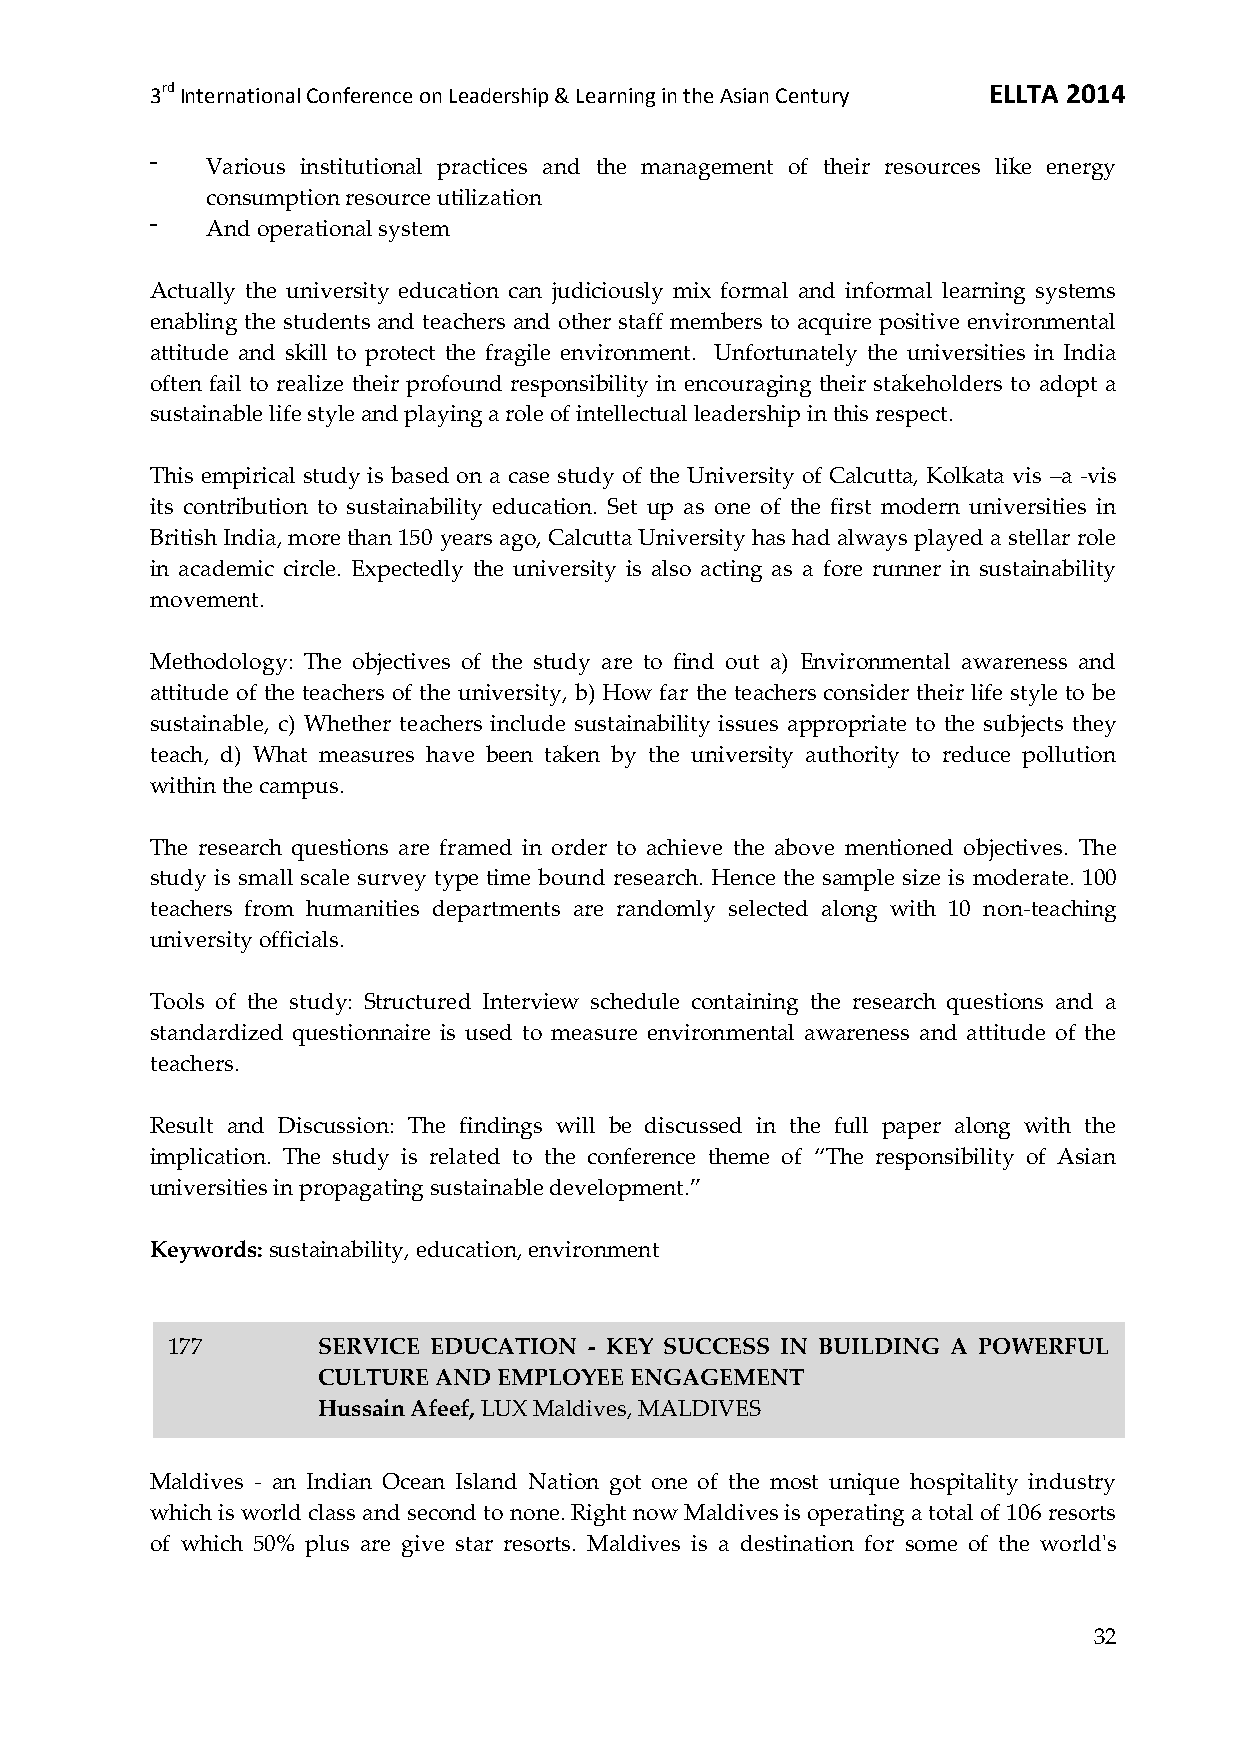
3rd International Conference on Leadership & Learning in the Asian Century ELLTA 2014
 ⁻   Various institutional practices and the management of their resources like energy
 consumption resource utilization
 ⁻   And operational system
 Actually the university education can judiciously mix formal and informal learning systems
 enabling the students and teachers and other staff members to acquire positive environmental
 attitude and skill to protect the fragile environment. Unfortunately the universities in India
 often fail to realize their profound responsibility in encouraging their stakeholders to adopt a
 sustainable life style and playing a role of intellectual leadership in this respect.
 This empirical study is based on a case study of the University of Calcutta, Kolkata vis –a -vis
 its contribution to sustainability education. Set up as one of the first modern universities in
 British India, more than 150 years ago, Calcutta University has had always played a stellar role
 in academic circle. Expectedly the university is also acting as a fore runner in sustainability
 movement.
 Methodology: The objectives of the study are to find out a) Environmental awareness and
 attitude of the teachers of the university, b) How far the teachers consider their life style to be
 sustainable, c) Whether teachers include sustainability issues appropriate to the subjects they
 teach, d) What measures have been taken by the university authority to reduce pollution
 within the campus.
 The research questions are framed in order to achieve the above mentioned objectives. The
 study is small scale survey type time bound research. Hence the sample size is moderate. 100
 teachers from humanities departments are randomly selected along with 10 non-teaching
 university officials.
 Tools of the study: Structured Interview schedule containing the research questions and a
 standardized questionnaire is used to measure environmental awareness and attitude of the
 teachers.
 Result and Discussion: The findings will be discussed in the full paper along with the
 implication. The study is related to the conference theme of ‚The responsibility of Asian
 universities in propagating sustainable development.‛
 Keywords: sustainability, education, environment
 177       SERVICE EDUCATION - KEY SUCCESS IN BUILDING A POWERFUL
 CULTURE AND EMPLOYEE ENGAGEMENT
 Hussain Afeef, LUX Maldives, MALDIVES
 Maldives - an Indian Ocean Island Nation got one of the most unique hospitality industry
 which is world class and second to none. Right now Maldives is operating a total of 106 resorts
 of which 50% plus are give star resorts. Maldives is a destination for some of the world's
 32